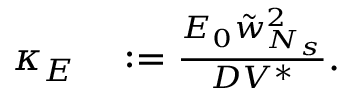
\begin{array} { r l } { \kappa _ { E } } & { { } : = \frac { E _ { 0 } \tilde { w } _ { N _ { s } } ^ { 2 } } { D V ^ { \ast } } . } \end{array}